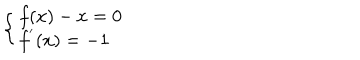
LaTeX: \left\{ \left\{ \begin{cases} { { f ( x ) - x = 0 } } \\ { { f ^ { ' } ( x ) = - 1 } } \\ \end{cases} \right. \right.